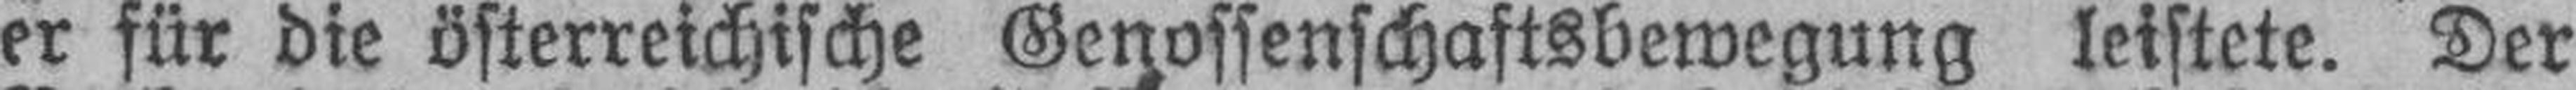
er für die österreichische Genossenschaftsbewegung leistete. Der